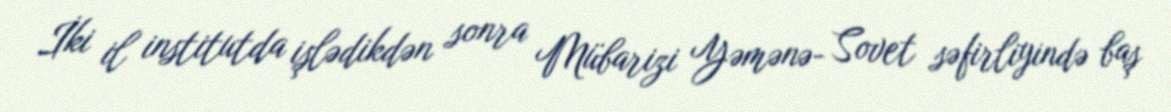
İki il institutda işlədikdən sonra Mübarizi Yəmənə- Sovet səfirliyində baş